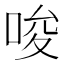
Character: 唆